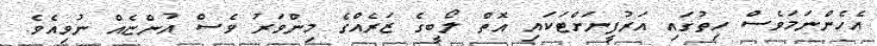
އެހެންނަމަވެސް ހިތުގައި އަރުފީނަށްޓަކައި އޮތް ލޯބީގެ ޒަރެއްގެ މިންވަރު ވެސް އުންޏެއް ނުވިއެވެ.